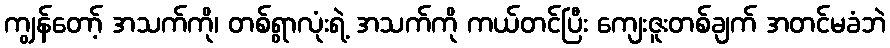
ကျွန်တော့် အသက်ကို၊ တစ်ရွာလုံးရဲ့ အသက်ကို ကယ်တင်ပြီး ကျေးဇူးတစ်ချက် အတင်မခံဘဲ